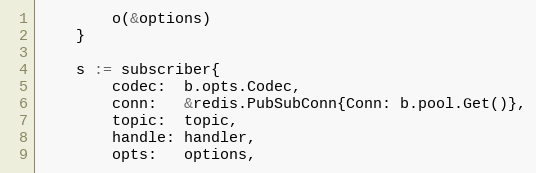
Language: Go
		o(&options)
	}

	s := subscriber{
		codec:  b.opts.Codec,
		conn:   &redis.PubSubConn{Conn: b.pool.Get()},
		topic:  topic,
		handle: handler,
		opts:   options,